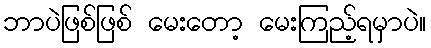
ဘာပဲဖြစ်ဖြစ် မေးတော့ မေးကြည့်ရမှာပဲ။